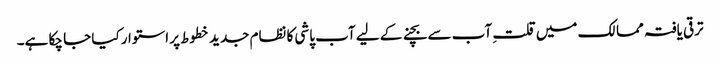
ترقی یافتہ ممالک میں قلتِ آب سے بچنے کے لیے آب پاشی کا نظام جدید خطوط پر استوار کیا جا چکا ہے۔